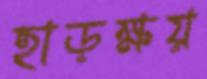
হাড়ক্ষয়